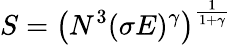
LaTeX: S=\left(N^{3}(\sigma E)^{\gamma}\right)^{\frac{1}{1+\gamma}}